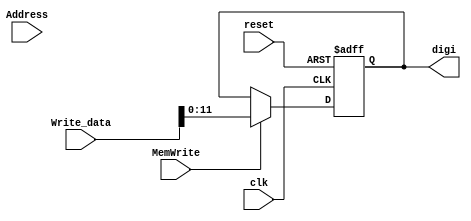
module BCD(reset, clk, Address, Write_data, MemWrite, digi);
	input reset, clk;
    input [31:0] Address, Write_data;
    input MemWrite;
    output reg [11:0] digi;
    
    always @(posedge reset or posedge clk) begin
        if (reset) begin
            digi <= 12'h000;
        end
        else if (MemWrite)begin
            digi <= Write_data[11:0];
        end
    end
endmodule